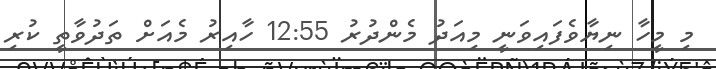
މި މީހާ ނިޔާވެފައިވަނީ މިއަދު މެންދުރު 12:55 ހާއިރު މެއަށް ތަދުވާތީ ކުރި